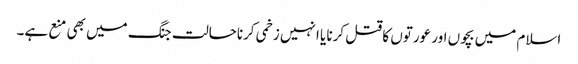
اسلام میں بچوں اور عورتوں کا قتل کرنا یا انہیں زخمی کرناحالت جنگ میں بھی منع ہے۔